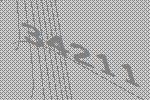
34211